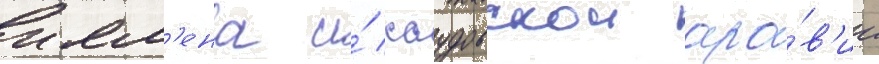
ием'ена и́ саудовскои ара́в'ии